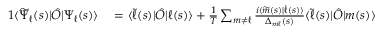
\begin{array} { r l } { { 1 } \langle \widetilde { \Psi } _ { \ell } ( s ) | \hat { O } | \Psi _ { \ell } ( s ) \rangle } & { { } = \langle \widetilde { \ell } ( s ) | \hat { O } | \ell ( s ) \rangle + \frac { 1 } { T } \sum _ { m \neq \ell } \frac { i \langle \widetilde { m } ( s ) | \dot { \ell } ( s ) \rangle } { \Delta _ { m \ell } ( s ) } \langle \widetilde { \ell } ( s ) | \hat { O } | m ( s ) \rangle } \end{array}